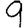
Digit: 9